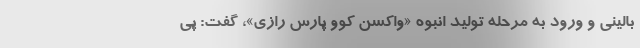
بالینی و ورود به مرحله تولید انبوه «واکسن کوو پارس رازی»، گفت: پی